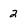
Character: 2